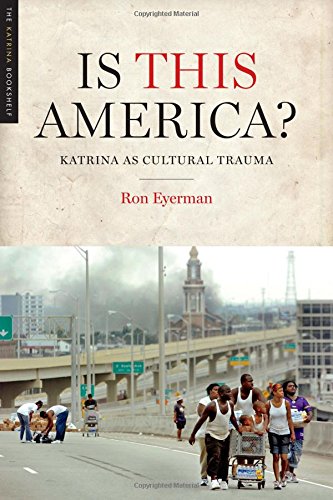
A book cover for Is This America?: Katrina as Cultural Trauma (Katrina Bookshelf); Ron Eyerman; Science & Math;